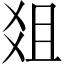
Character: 爼